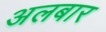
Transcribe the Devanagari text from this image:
अलबार